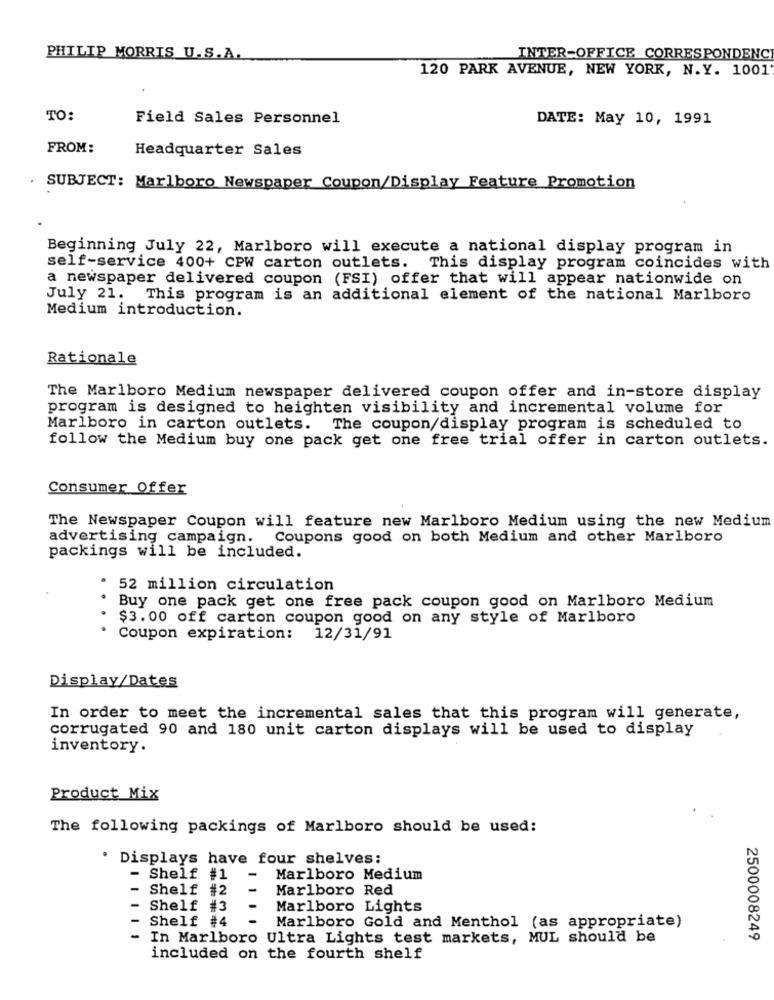
PHILIP MORRIS U.S.A.
INTER-OFFICE CORRESPONDENC
120 PARK AVENUE, NEW YORK, N.Y. 1001
TO:
Field Sales Personnel
DATE: May 10, 1991
FROM:
Headquarter Sales
. SUBJECT: Marlboro Newspaper Coupon/Display Feature Promotion
Beginning July 22, Marlboro will execute a national display program in
self-service 400+ CPW carton outlets. This display program coincides with
a newspaper delivered coupon (FSI) offer that will appear nationwide on
July 21. This program is an additional element of the national Marlboro
Medium introduction.
Rationale
The Marlboro Medium newspaper delivered coupon offer and in-store display
program is designed to heighten visibility and incremental volume for
Marlboro in carton outlets.
The coupon/display program is scheduled to
follow the Medium buy one pack get one free trial offer in carton outlets.
Consumer Offer
The Newspaper Coupon will feature new Marlboro Medium using the new Medium
advertising campaign.
Coupons good on both Medium and other Marlboro
packings will be included.
· 52 million circulation
. Buy one pack get one free pack coupon good on Marlboro Medium
$3.00 off carton coupon good on any style of Marlboro
Coupon expiration: 12/31/91
Display/Dates
In order to meet the incremental sales that this program will generate,
corrugated 90 and 180 unit carton displays will be used to display
inventory.
Product Mix
The following packings of Marlboro should be used:
. Displays have four shelves:
- Shelf #1
-
Marlboro Medium
-
Shelf #
-
Marlboro Red
Shelf #3
-
Marlboro Lights
Shelf #4
Marlboro Gold and Menthol (as appropriate)
-
In Marlboro Ultra Lights test markets, MUL should be
2500008249
included on the fourth shelf